Civil Veterinary Dept. North-West Frontier Province 1901-22 - 1901-1922
Year: 1901
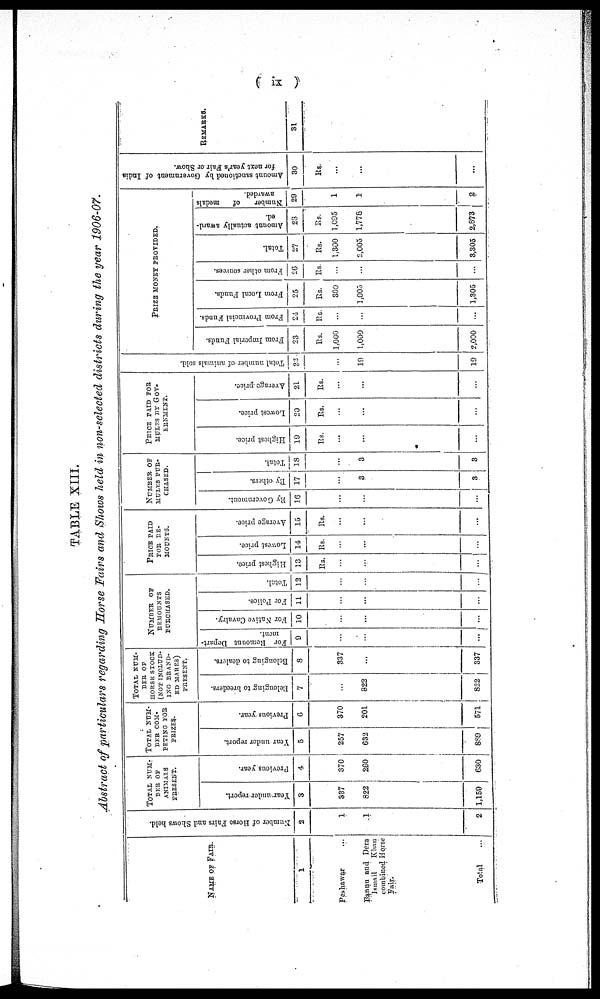
( ix )
TABLE XIII.
Abstract of particulars regarding Horse Fairs and Shows held in non-selected districts during the year 1906-07.
NAME OF FAIR.
1
Peshawar ...
Bannu and Dera
Ismail
Khan
combined Horse
Fair.
Total ...
Number
of Horse Fairs and Shows held.
2
1
1
2
TOTAL
NUM-
BER OF
ANIMALS
PRESENT.
Year under report.
3
337
822
1,159
Previous year.
4
370
260
630
TOTAL NUM-
BER COM-
PETING FOR
PRIZES.
Year under report.
5
257
632
889
Previous year.
6
370
201
571
TOTAL NUM-
BER OF
HORSE STOCK
(NOT INCLUD-
ING BRAND-
ED MARES)
PRESENT.
Belonging
to breeders.
7
...
822
822
Belonging
to dealers.
8
337
...
337
NUMBER
OF
REMOUNTS
PURCHASED.
For Remount Depart-
ment.
9
...
...
...
For Native Cavalry.
10
...
...
...
For Police.
11
...
...
...
Total.
12
...
...
...
PRICE
PAID
FOR RE-
MOUNTS.
Highest price.
13
Rs.
...
...
...
Lowest price.
14
Rs.
...
...
...
Average price.
15
Rs.
...
...
...
NUMBER OF
MULES PUR-
CHASED.
By Government.
16
...
...
...
By others.
17
...
3
3
Total.
18
...
3
3
PRICE PAID FOR
MULES BY GOV-
ERNMENT.
Highest price.
19
Rs.
...
...
...
Lowest price.
20
Rs.
...
...
...
Average price.
21
Rs.
...
...
...
Total number of animals sold.
22
...
19
19
PRIZE MONEY PROVIDED.
From Imperial Funds.
23
Rs.
1,000
1,000
2,000
From Provincial Funds.
24
Rs.
...
...
...
From Local Funds.
25
Rs.
300
1,005
1,305
From other sources.
26
Rs.
...
...
...
Total.
27
Rs.
1,300
2,005
3,305
Amount
actually award-
ed.
28
Rs.
1,095
1,778
2,873
Number of
medals
awarded.
29
1
1
2
Amount sanctioned by Government of India
for next year's Fair or Show.
30
Rs.
...
...
...
REMARKS.
31